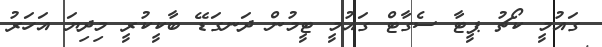
ގައުމީ ކޯޗު ޕީޓާ ސެގާޓް ގައުމީ ޓީމުން ދަނގަޑޭ ބާކީކުރީ މިދިޔަ އަހަރު